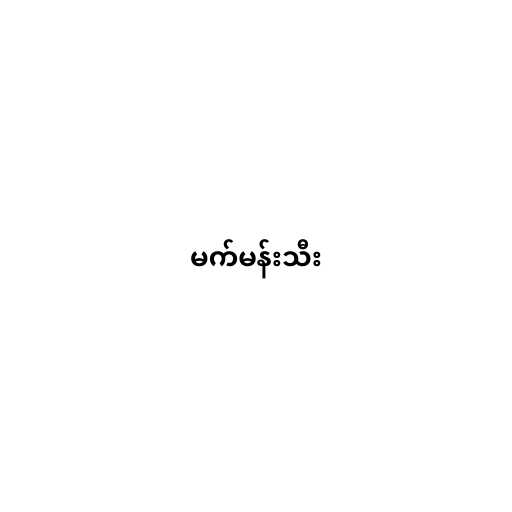
မက်မန်းသီး